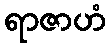
ရာဇာဟံ